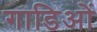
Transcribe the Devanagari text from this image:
गाडिओं